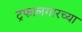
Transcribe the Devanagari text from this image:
ट्रफालगारच्या